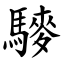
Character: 䮮